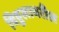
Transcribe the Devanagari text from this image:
विठ्ठलावरील